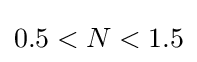
0.5<N<1.5